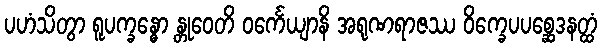
ပဟံသိတွာ ရူပက္ခန္ဓော န္တုဝေတိ ဝင်္ကေယျာနိ အရုဏရာဇဿ ဝိက္ခေပပစ္ဆေဒနတ္ထံ